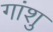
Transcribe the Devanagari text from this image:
गांशु